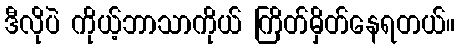
ဒီလိုပဲ ကိုယ့်ဘာသာကိုယ် ကြိတ်မှိတ်နေရတယ်။